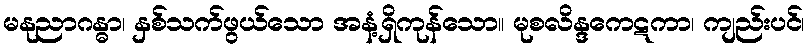
မနုညာဂန္ဓာ၊ နှစ်သက်ဖွယ်သော အနံ့ရှိကုန်သော။ မုစလိန္ဒကေဋကာ၊ ကျည်းပင်၊